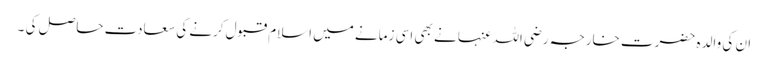
ان کی والدہ حضرت خارجہ رضی اللہ عنہا نے بھی اسی زمانے میں اسلام قبول کرنے کی سعادت حاصل کی ۔